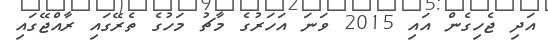
އަދި ޖެހިގެން އައި 2015 ވަނަ އަހަރުގެ މާޗު މަހުގެ ތެރޭގައި ރާއްޖޭގައި